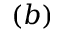
( b )